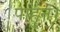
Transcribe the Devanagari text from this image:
पाहुन।